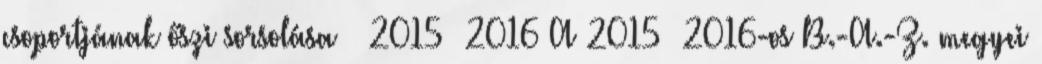
csoportjának őszi sorsolása – 2015 2016 A 2015 2016-os B.-A.-Z. megyei